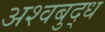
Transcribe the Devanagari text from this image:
अश्वबुद्ध